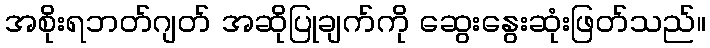
အစိုးရဘတ်ဂျတ် အဆိုပြုချက်ကို ဆွေးနွေးဆုံးဖြတ်သည်။